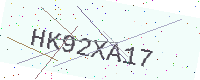
Text: HK92XA17